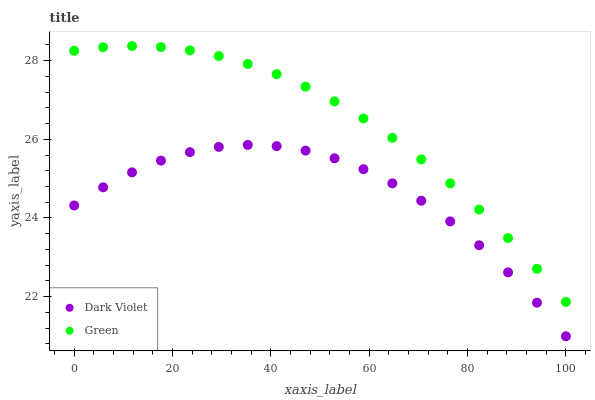
| xaxis_label | Dark Violet | Green |
 | --- | --- | --- |
 | 0 | 24.3 | 28.2 |
 | 5.88 | 24.8 | 28.3 |
 | 11.8 | 25.2 | 28.4 |
 | 17.6 | 25.5 | 28.3 |
 | 23.5 | 25.7 | 28.3 |
 | 29.4 | 25.8 | 28.1 |
 | 35.3 | 25.9 | 27.9 |
 | 41.2 | 25.8 | 27.7 |
 | 47.1 | 25.7 | 27.3 |
 | 52.9 | 25.5 | 27 |
 | 58.8 | 25.2 | 26.5 |
 | 64.7 | 24.9 | 26 |
 | 70.6 | 24.4 | 25.5 |
 | 76.5 | 23.9 | 24.9 |
 | 82.4 | 23.3 | 24.2 |
 | 88.2 | 22.6 | 23.5 |
 | 94.1 | 21.8 | 22.7 |
 | 100 | 21 | 21.9 |